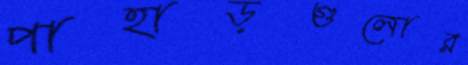
পাহাড়গুলোর